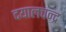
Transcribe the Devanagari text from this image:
दयालचन्द्र